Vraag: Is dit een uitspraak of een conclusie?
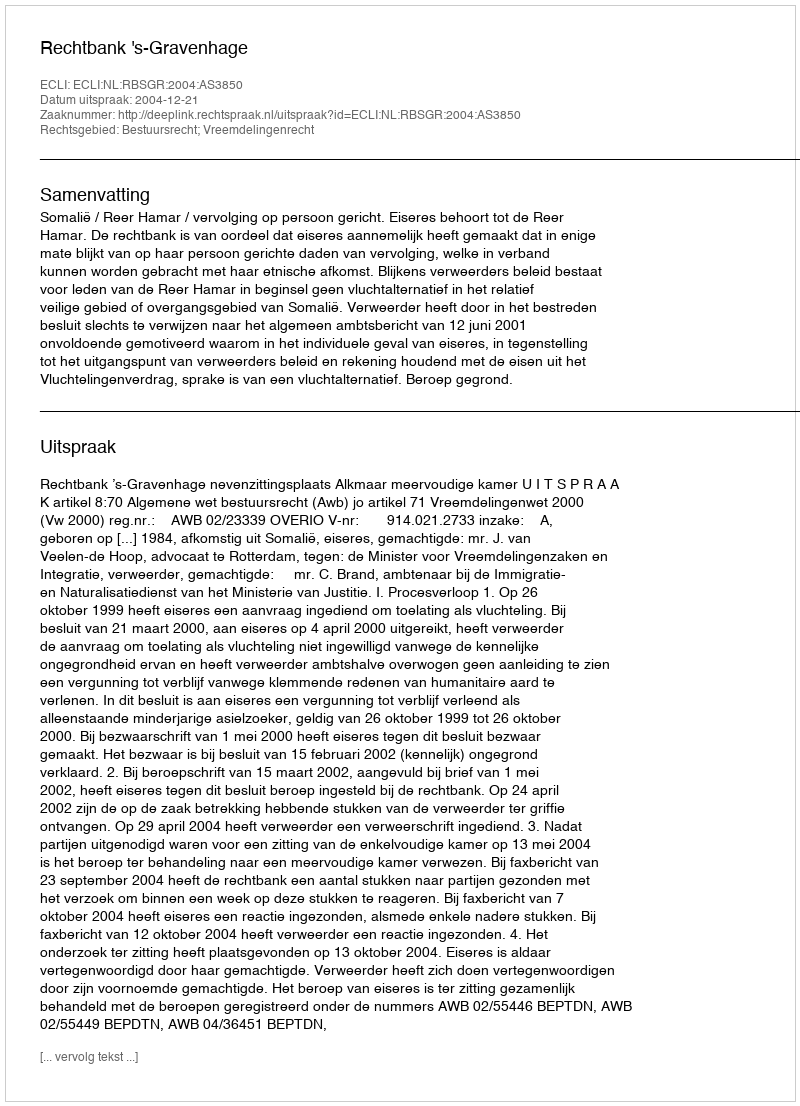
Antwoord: Uitspraak